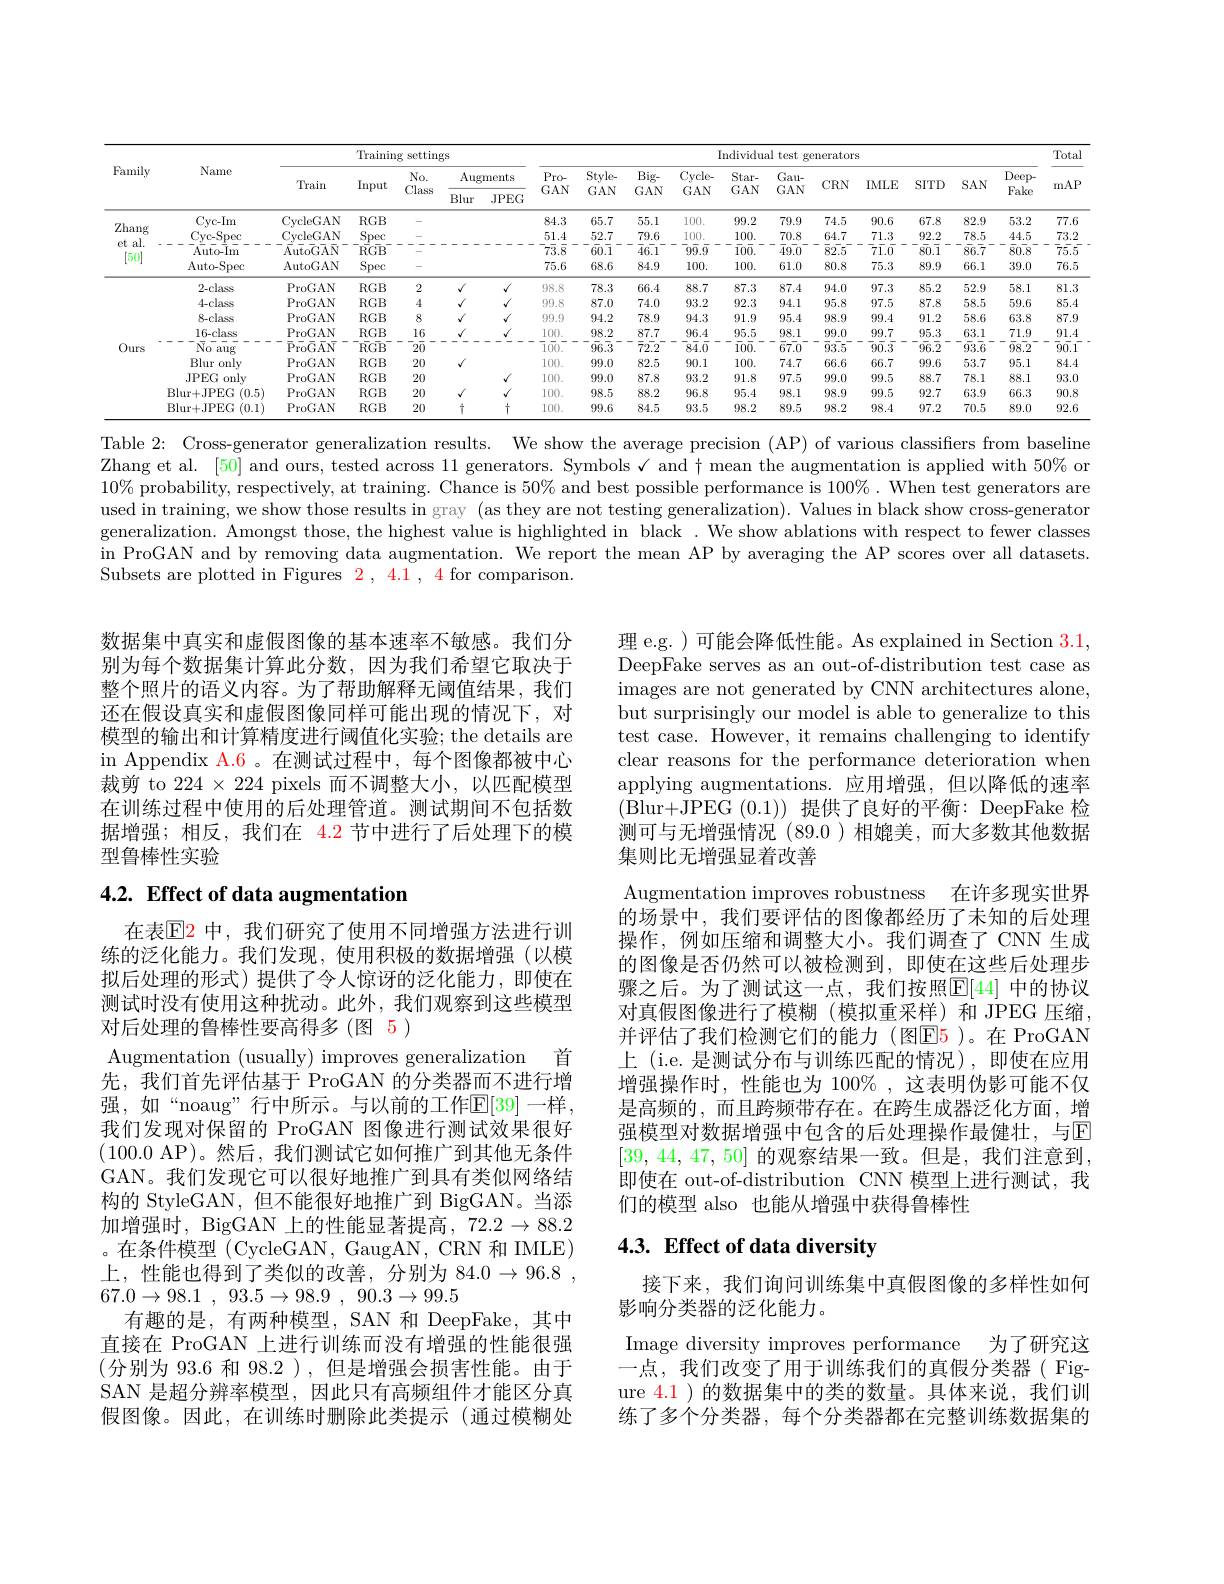
<table>
	<tbody>
		<tr>
			<th rowspan="3">Family</th>
			<th rowspan="3">Name</th>
			<th colspan="5">Training settings</th>
			<th> </th>
			<th colspan="13">Individual test generators</th>
			<th rowspan="3">Total mAP</th>
		</tr>
		<tr>
			<th rowspan="2">Train</th>
			<th rowspan="2">Input</th>
			<th rowspan="2">$No.$ Class</th>
			<th colspan="2">Augments</th>
			<th>Pro</th>
			<th rowspan="1">Style 'ro- $AN$ $GAN$</th>
			<th>Style-</th>
			<th>Style-</th>
			<th rowspan="2">Big- $GAN$</th>
			<th>$C$ $ig-$</th>
			<th rowspan="2">Cycle- $GAN$</th>
			<th>Star-</th>
			<th>Gau</th>
			<th> </th>
			<th>$\Pi M.F$</th>
			<th>STTT</th>
			<th rowspan="2">$SAN$</th>
			<th rowspan="2">Deep- Fake</th>
		</tr>
		<tr>
			<th>Blur</th>
			<th>JPEG</th>
			<th>$\mathbf{GA}$ $\frac{1}{x}$</th>
			<th>${\dot{\boldsymbol{x}}}AN$</th>
			<th>GAN</th>
			<th>GAN</th>
			<th>$AN$</th>
			<th>$GAN$</th>
			<th>$U_{i}A$</th>
			<th>MIA</th>
			<th>SATBER</th>
			<th>WALL</th>
		</tr>
		<tr>
			<td rowspan="4">Zhang $et\varepsilon$ al. [50]</td>
			<td>Cyc- Im</td>
			<td>CrcleGAN</td>
			<td>$RGB$</td>
			<td> </td>
			<td> </td>
			<td> </td>
			<td>84.3</td>
			<td>84.3</td>
			<td>65.7</td>
			<td>65.7</td>
			<td>55.1</td>
			<td>10 5.1</td>
			<td>100.</td>
			<td>99.2</td>
			<td>79.9</td>
			<td>74.5</td>
			<td>90.6</td>
			<td>67.8</td>
			<td>82.9</td>
			<td>53.2</td>
			<td>77.6</td>
		</tr>
		<tr>
			<td>Cyc- Spec</td>
			<td>CrcleGAN</td>
			<td>Spec</td>
			<td> </td>
			<td> </td>
			<td> </td>
			<td>51.4</td>
			<td>51.4</td>
			<td>52.7</td>
			<td>52.7</td>
			<td>79.6</td>
			<td>$j.6$ 10</td>
			<td>100. 1</td>
			<td>100.</td>
			<td>70.8</td>
			<td>64.7</td>
			<td>71.3</td>
			<td>92.2</td>
			<td>78.5</td>
			<td>44.5</td>
			<td>73.2</td>
		</tr>
		<tr>
			<td>suto-lr</td>
			<td>$\bar{t}_{0}\bar{G}\bar{A}\bar{N}$</td>
			<td>$\bar{\mathrm{RGB}}$</td>
			<td> </td>
			<td> </td>
			<td> </td>
			<td>$\bar{73}.\bar{8}$</td>
			<td>$7\overline{3}.\overline{8}$</td>
			<td>$6\overline{0}.\overline{1}$</td>
			<td>$6\overline{0}.\overline{1}$</td>
			<td>$\overline{4}6.1$</td>
			<td>$\bar{\mathrm{j.1}}$ 9</td>
			<td>$\overline{99}.\overline{9}$</td>
			<td>$\bar{1}0\bar{0}.$</td>
			<td>$\bar{4}\bar{9.0}$</td>
			<td>$\bar{8}\bar{2.5}$</td>
			<td>$\bar{7}\bar{1}.\bar{0}$</td>
			<td>$8\overline{0}.\overline{1}$</td>
			<td>$\bar{86}.\bar{7}$</td>
			<td>80.8</td>
			<td>$\bar{75}.\bar{5}$</td>
		</tr>
		<tr>
			<td>Auto-Spec</td>
			<td>AutoGAN</td>
			<td>Spec</td>
			<td> </td>
			<td> </td>
			<td> </td>
			<td>75.6</td>
			<td>75.6</td>
			<td>68.6</td>
			<td>68.6</td>
			<td>84.9</td>
			<td>4.9 1</td>
			<td>100.</td>
			<td>100.</td>
			<td>61.0</td>
			<td>80.8</td>
			<td>75.3</td>
			<td>89.9</td>
			<td>66.1</td>
			<td>39.0</td>
			<td>76.5</td>
		</tr>
		<tr>
			<td rowspan="9">Ours</td>
			<td>$2_{-\mathrm{c}}$lass</td>
			<td>ProGAN</td>
			<td>$RGB$</td>
			<td>2</td>
			<td>$\sqrt{1}$</td>
			<td>$√$</td>
			<td>98.8</td>
			<td>98.8</td>
			<td>78.3</td>
			<td>78.3</td>
			<td>66.4</td>
			<td>$\mathbf{j}.4$ 8</td>
			<td>88.7</td>
			<td>87.3</td>
			<td>87.4</td>
			<td>94.0</td>
			<td>97.3</td>
			<td>85.2</td>
			<td>52.9</td>
			<td>58.1</td>
			<td>81.3</td>
		</tr>
		<tr>
			<td>$4-class$</td>
			<td>ProGAN</td>
			<td>$RGB$</td>
			<td>4</td>
			<td>$√$</td>
			<td>$√$</td>
			<td>0.0.8</td>
			<td>90.8</td>
			<td>87.0</td>
			<td>87.0</td>
			<td>74.0</td>
			<td>1.0 9</td>
			<td>93.2</td>
			<td>92.3</td>
			<td>94.1</td>
			<td>95.8</td>
			<td>97.5</td>
			<td>87.8</td>
			<td>58.5</td>
			<td>59.6</td>
			<td>85.4</td>
		</tr>
		<tr>
			<td>$8-class$</td>
			<td>ProGAN</td>
			<td>$RGB$</td>
			<td>8</td>
			<td>$√$</td>
			<td>$√$</td>
			<td>$\begin{pmatrix}0\\1\end{pmatrix},\begin{pmatrix}0\\1\end{pmatrix}$</td>
			<td>90,0</td>
			<td>94.2</td>
			<td>94.2</td>
			<td>78.9</td>
			<td>3.9 9</td>
			<td>94.3</td>
			<td>91.9</td>
			<td>95.4</td>
			<td>98.9</td>
			<td>99.4</td>
			<td>91.2</td>
			<td>58.6</td>
			<td>63.8</td>
			<td>87.9</td>
		</tr>
		<tr>
			<td>$16-class$</td>
			<td>ProGAN</td>
			<td>$RGB$</td>
			<td>16</td>
			<td>$√$</td>
			<td>$√$</td>
			<td>100.</td>
			<td>$L(00.$</td>
			<td>98.2</td>
			<td>98.2</td>
			<td>87.7</td>
			<td>7.7 9</td>
			<td>96.4</td>
			<td>95.5</td>
			<td>98.1</td>
			<td>99.0</td>
			<td>99.7</td>
			<td>95.3</td>
			<td>63.1</td>
			<td>71.9</td>
			<td>91.4</td>
		</tr>
		<tr>
			<td>$\bar{\mathrm{No}}\bar{\mathrm{aug}}$</td>
			<td>$\bar{\mathrm{P}}_{\mathrm{ro}}\bar{\mathrm{G}}\bar{\mathrm{AN}}$</td>
			<td>$\bar{RG}\bar{B}$</td>
			<td>$\overline{20}$</td>
			<td> </td>
			<td> </td>
			<td>$\overline{1}00.$</td>
			<td>$\operatorname{i}\overline{0}\bar{0}.$</td>
			<td>96.3</td>
			<td>$\bar{96}.\overline{3}$</td>
			<td>$\bar{7}2\bar{.2}$</td>
			<td>2.2</td>
			<td>$\bar{8}\bar{4}.\bar{0}$</td>
			<td>$\bar{1}0\bar{0}.$</td>
			<td>$\bar{6}7\bar{.0}$</td>
			<td>$\bar{9}\bar{3.5}$</td>
			<td>$\overline{9}\overline{0}.\overline{3}$</td>
			<td>$\bar{96}.\bar{2}$</td>
			<td>$\bar{93}.\bar{6}$</td>
			<td>$\bar{98}.2$</td>
			<td>$\bar{9}\bar{0}.\bar{1}$</td>
		</tr>
		<tr>
			<td>Blur only</td>
			<td>ProGAN</td>
			<td>$RGB$</td>
			<td>20</td>
			<td>$√$</td>
			<td> </td>
			<td>100.</td>
			<td>$L(00.$</td>
			<td>99.0</td>
			<td>99.0</td>
			<td>82.5</td>
			<td>2.5 9</td>
			<td>90.1</td>
			<td>100.</td>
			<td>74.7</td>
			<td>66.6</td>
			<td>66.7</td>
			<td>99.6</td>
			<td>53.7</td>
			<td>95.1</td>
			<td>84.4</td>
		</tr>
		<tr>
			<td>JPEG only</td>
			<td>ProGAN</td>
			<td>$RGB$</td>
			<td>20</td>
			<td> </td>
			<td>$√$</td>
			<td>100.</td>
			<td>$L(00.$</td>
			<td>99.0</td>
			<td>99.0</td>
			<td>87.8</td>
			<td>7.8 9</td>
			<td>93.2</td>
			<td>91.8</td>
			<td>97.5</td>
			<td>99.0</td>
			<td>99.5</td>
			<td>88.7</td>
			<td>78.1</td>
			<td>88.1</td>
			<td>93.0</td>
		</tr>
		<tr>
			<td>Blur+ JPEG ( 0. 5) </td>
			<td>ProGAN</td>
			<td>$RGB$</td>
			<td>20</td>
			<td>$√$</td>
			<td>$√$</td>
			<td>100.</td>
			<td>$L(00.$</td>
			<td>98.5</td>
			<td>98.5</td>
			<td>88.2</td>
			<td>3.2 9</td>
			<td>96.8</td>
			<td>95.4</td>
			<td>98.1</td>
			<td>98.9</td>
			<td>99.5</td>
			<td>92.7</td>
			<td>63.9</td>
			<td>66.3</td>
			<td>90.8</td>
		</tr>
		<tr>
			<td>Blur+JPEG :(0.1)</td>
			<td>ProGAN</td>
			<td>$RGB$</td>
			<td>20</td>
			<td>十</td>
			<td>+</td>
			<td>100.</td>
			<td>$L(00.$</td>
			<td>99.6</td>
			<td>99.6</td>
			<td>84.5</td>
			<td>4.5 9</td>
			<td>93.5</td>
			<td>98.2</td>
			<td>89.5</td>
			<td>98.2</td>
			<td>98.4</td>
			<td>97.2</td>
			<td>70.5</td>
			<td>89.0</td>
			<td>92.6</td>
		</tr>
	</tbody>
</table>

Table 2: Cross-generator generalization results. We show the average precision (AP) of various classifiers from baseline Zhang et al. [50] and ours, tested across 11 generators. Symbols √ and $\dagger$ mean the augmentation is applied with $50\%$ or $10\%$ probability, respectively, at training. Chance is $50\%$ and best possible performance is $100\%.$ When test generators are used in training, we show those results in gray (as they are not testing generalization). Values in black show cross-generator generalization. Amongst those, the highest value is highlighted in black . We show ablations with respect to fewer classes in ProGAN and by removing data augmentation. We report the mean AP by averaging the AP scores over all datasets. Subsets are plotted in Figures $\color{red}{2},\color{red}{4.1},\color{red}{4}$for comparison.

理 e.g. ) 可能会降低性能。As explained in Section 3.1, DeepFake serves as an out-of-distribution test case as images are not generated by CNN architectures alone, but surprisingly our model is able to generalize to this test case. However, it remains challenging to identify clear reasons for the performance deterioration when applying augmentations.应用增强，但以降低的速率(Blur+JPEG (0.1))提供了良好的平衡：DeepFake 检测可与无增强情况(89.0)相媲美，而大多数其他数据集则比无增强显着改善

数据集中真实和虚假图像的基本速率不敏感。我们分别为每个数据集计算此分数，因为我们希望它取决于整个照片的语义内容。为了帮助解释无阈值结果，我们还在假设真实和虚假图像同样可能出现的情况下，对模型的输出和计算精度进行阈值化实验；the details are in Appendix A.6 。在测试过程中，每个图像都被中心裁剪 to $224\times224$ pixels 而不调整大小，以匹配模型在训练过程中使用的后处理管道。测试期间不包括数据增强；相反，我们在 4.2 节中进行了后处理下的模型鲁棒性实验

# 4.2. Effect of data augmentation

Augmentation improves robustness 在许多现实世界的场景中，我们要评估的图像都经历了未知的后处理操作，例如压缩和调整大小。我们调查了 CNN 生成的图像是否仍然可以被检测到，即使在这些后处理步骤之后。为了测试这一点，我们按照$\mathbb{E}[44]$ 中的协议对真假图像进行了模糊 (模拟重采样)和 JPEG 压缩， 并评估了我们检测它们的能力(图E5)。在 ProGAN 上 (i.e. 是测试分布与训练匹配的情况),即使在应用增强操作时，性能也为 100%,这表明伪影可能不仅是高频的，而且跨频带存在。在跨生成器泛化方面，增强模型对数据增强中包含的后处理操作最健壮，与$\mathbb{E}$ [39, 44, 47, 50]的观察结果一致。但是，我们注意到， 即使在 out-of-distribution CNN 模型上进行测试，我们的模型 also 也能从增强中获得鲁棒性

在表$\mathbb{E}$2 中，我们研究了使用不同增强方法进行训练的泛化能力。我们发现，使用积极的数据增强(以模拟后处理的形式)提供了令人惊讶的泛化能力，即使在测试时没有使用这种扰动。此外，我们观察到这些模型对后处理的鲁棒性要高得多(图 5)
Augmentation (usually) improves generalization 首先，我们首先评估基于 ProGAN 的分类器而不进行增强，如“noaug”行中所示。与以前的工作$\mathbb{E}[39]$一样， 我们发现对保留的 ProGAN 图像进行测试效果很好(100.0 AP)。然后，我们测试它如何推广到其他无条件GAN。我们发现它可以很好地推广到具有类似网络结构的 StyleGAN, 但不能很好地推广到 BigGAN。当添加增强时，BigGAN 上的性能显著提高，$72.2\to88.2$ 。在条件模型 (CycleGAN, GaugAN, CRN 和 IMLE) 上，性能也得到了类似的改善，分别为$84. 0\to 96. 8$ , $67. 0\to 98. 1$ , $93. 5\to 98. 9$ , $90. 3\to 99. 5$
有趣的是，有两种模型，SAN 和 DeepFake,其中直接在 ProGAN 上进行训练而没有增强的性能很强(分别为 93.6 和 98.2 ), 但是增强会损害性能。由于SAN 是超分辨率模型，因此只有高频组件才能区分真假图像。因此，在训练时删除此类提示 (通过模糊处

# 4.3. Effect of data diversity

接下来，我们询问训练集中真假图像的多样性如何
影响分类器的泛化能力。
Image diversity improves performance 为了研究这一点，我们改变了用于训练我们的真假分类器( Figure $\color{red}{4.1}$ )的数据集中的类的数量。具体来说，我们训练了多个分类器，每个分类器都在完整训练数据集的